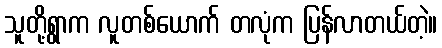
သူတို့ရွာက လူတစ်ယောက် တလုံက ပြန်လာတယ်တဲ့။